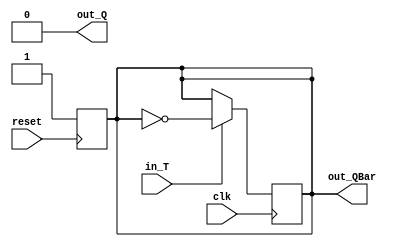
`timescale 1ns / 1ps
//////////////////////////////////////////////////////////////////////////////////
// Company: 
// Engineer: 
// 
// Design Name: 
// Module Name:    TFF 
// Project Name: 
// Target Devices: 
// Tool versions: 
// Description: 
//
// Dependencies: 
//
// Revision: 
// Revision 0.01 - File Created
// Additional Comments: 
//
//////////////////////////////////////////////////////////////////////////////////
module TFF(
    input in_T,
    input clk,
    input reset,
    output reg out_Q,
    output reg out_QBar
    );
	 
	initial begin
		out_Q = 1'b0;
		out_QBar = 1'b1;
		$display ("T FLIP FLOP Running");
	end
	
	always @(posedge clk) begin
		if (in_T == 1'b1) begin
			out_Q = ~out_Q;
			out_QBar = ~out_QBar;
		end else begin
			out_Q = out_Q;
			out_QBar = out_QBar;
		end
	end
	
	always @(posedge reset) begin
		out_Q = 1'b0;
		out_QBar = 1'b1;
	end

endmodule